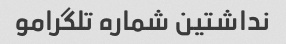
نداشتین شماره تلگرامو